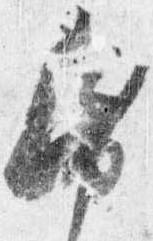
帋